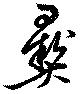
彛